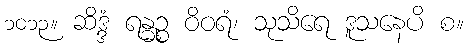
၁၀၁၃။ ဆိဒ္ဒံ ရန္ဓဉ္စ ဝိဝရံ၊ သုသိရေ ဒူသနေပိ စ။